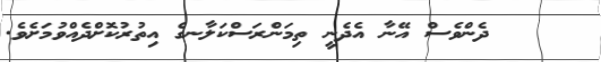
١٥     ދެންވެސް އޭނާ އެދެނީ ތިމަންރަސްކަލާނގެ އިތުރުކޮށްދެއްވުމަށެވެ.